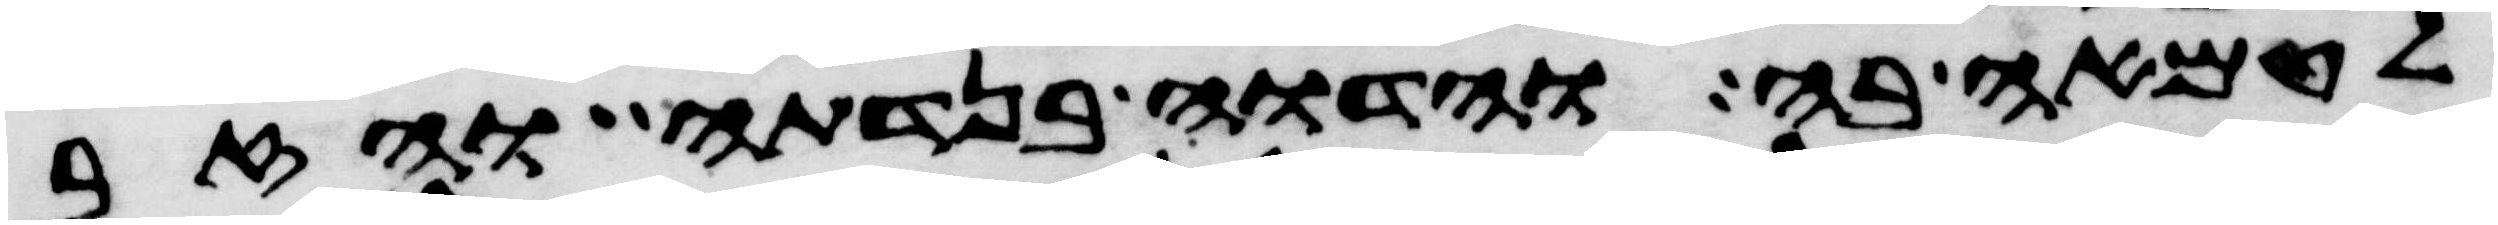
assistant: לטמאה בה והדוה בנדתה והזב